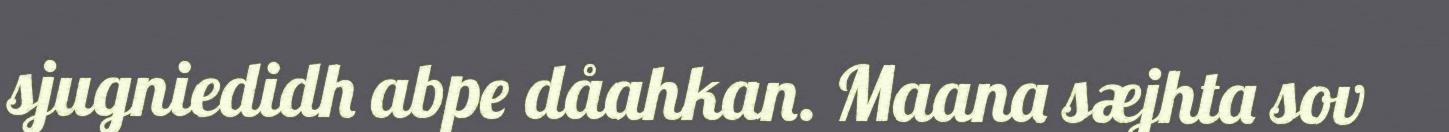
sjugniedidh abpe dåahkan. Maana sæjhta sov